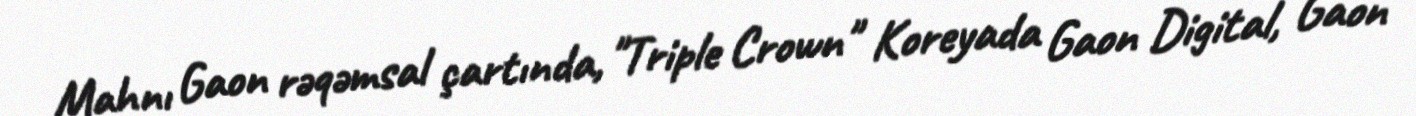
Mahnı Gaon rəqəmsal çartında, "Triple Crown" Koreyada Gaon Digital, Gaon